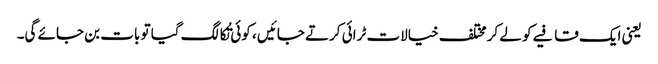
یعنی ایک قافیے کو لے کر مختلف خیالات ٹرائی کرتے جائیں ، کوئی تُکا لگ گیا تو بات بن جائے گی۔